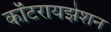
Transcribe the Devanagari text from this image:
कॉटरायझेशन